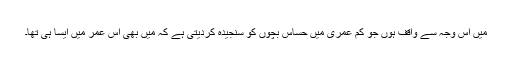
میں اس وجہ سے واقف ہوں جو کم عمری میں حساس بچوں کو سنجیدہ کردیتی ہے کہ میں بھی اس عمر میں ایسا ہی تھا۔